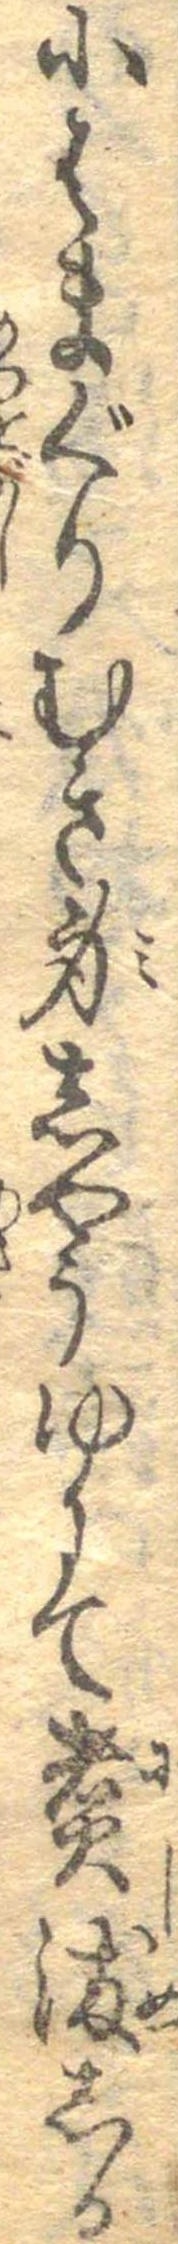
小はまぐりむき身しやうゆにて煮染しる